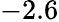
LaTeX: -2.6